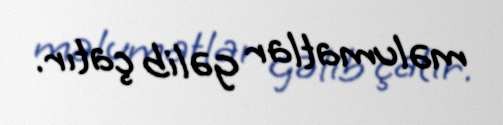
məlumatlar gəlib çatır.